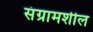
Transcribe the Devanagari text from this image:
संग्रामशील